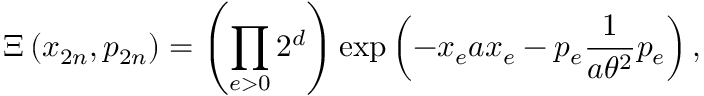
\Xi \left( x _ { 2 n } , p _ { 2 n } \right) = \left( \prod _ { e > 0 } 2 ^ { d } \right) \exp \left( - x _ { e } a x _ { e } - p _ { e } \frac { 1 } { a \theta ^ { 2 } } p _ { e } \right) ,